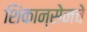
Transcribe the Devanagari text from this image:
शिंकान्सेनचे